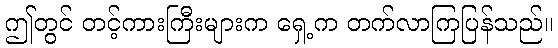
ဤတွင် တင့်ကားကြီးများက ရှေ့က တက်လာကြပြန်သည်။